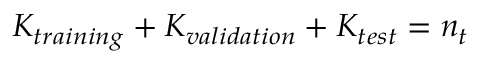
K _ { t r a i n i n g } + K _ { v a l i d a t i o n } + K _ { t e s t } = n _ { t }